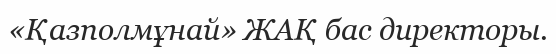
«Қазполмұнай» ЖАҚ бас директоры.